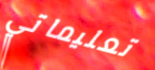
تعليماتي